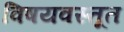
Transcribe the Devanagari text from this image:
विषयवस्तूत